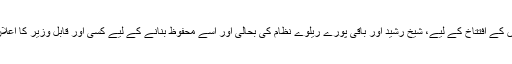
وزیر اعظم عمران خان کو چاہیے، کہ ٹرینوں کے افتتاخ کے لیے، شیخ رشید اور باقی پورے ریلوے نظام کی بحالی اور اسے محفوظ بنانے کے لیے کسی اور قابل وزیر کا اعلان کریں، جو ٹرین کے سفر کو محفوظ بنائے۔